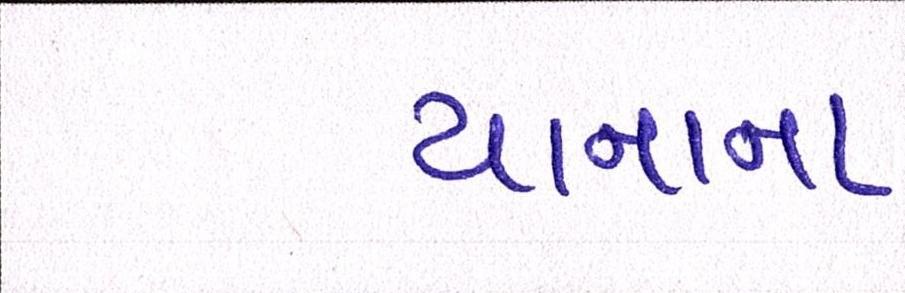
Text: યાનાના